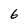
Character: 6